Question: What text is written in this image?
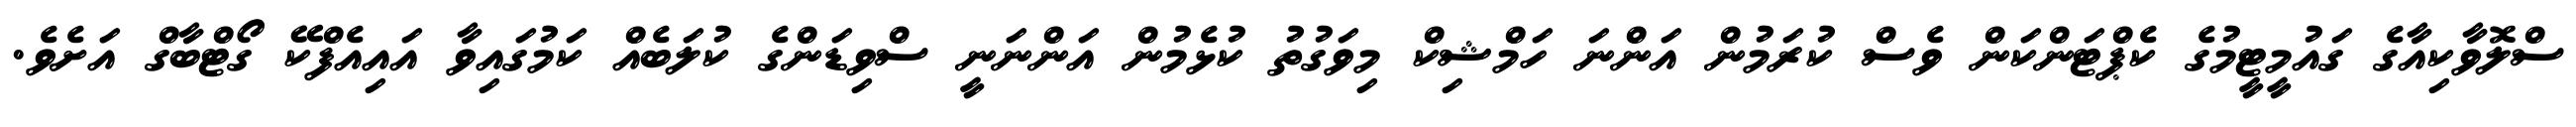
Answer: ސްލޮވާކިއާގެ ގައުމީޓީމުގެ ކެޕްޓަންކަން ވެސް ކުރަމުން އަންނަ ހަމްޝިކް މިވަގުތު ކުޅެމުން އަންނަނީ ސްވިޑަންގެ ކުލަބެއް ކަމުގައިވާ އައިއެފްކޭ ގޯޓްބާގް އަށެވެ.